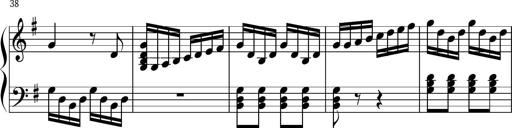
Title: Keyboard Sonatina in G
Composer: Michael Pogudin
Key: G major